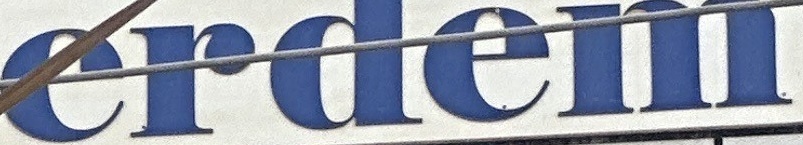
erdem